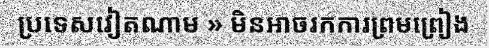
ប្រទេសវៀតណាម » មិនអាចរកការព្រមព្រៀង